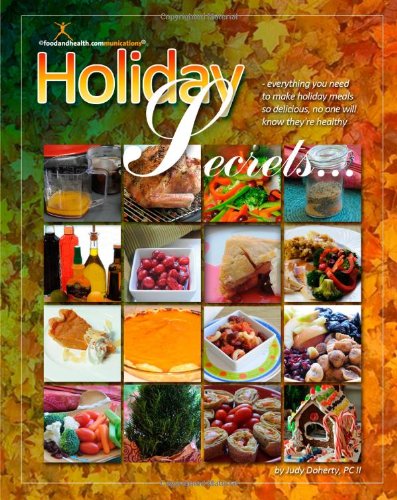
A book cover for Holiday Secrets: Be Healthy AND Creative from Halloween Through New Year's Day; Judy Doherty; Cookbooks, Food & Wine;